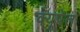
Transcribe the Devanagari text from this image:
क्यूपेल